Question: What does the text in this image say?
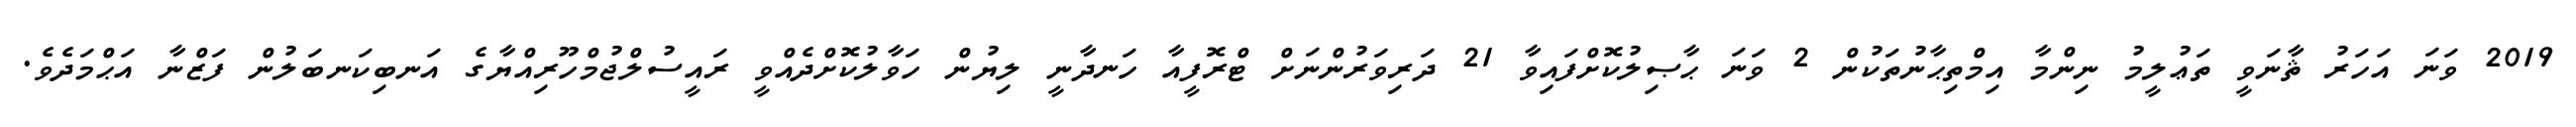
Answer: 2019 ވަނަ އަހަރު ޘާނަވީ ތަޢުލީމު ނިންމާ އިމްތިޙާނުތަކުން 2 ވަނަ ޙާޞިލުކޮށްފައިވާ 21 ދަރިވަރުންނަށް ޓްރޮފީއާ ހަނދާނީ ލިޔުން ހަވާލުކޮށްދެއްވީ ރައީސުލްޖުމްހޫރިއްޔާގެ އަނބިކަނބަލުން ފަޒްނާ އަޙްމަދެވެ.